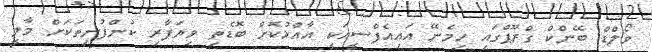
ވޯލްޑް ބޭންކް ގްރޫޕްގައި ހިމެނޭ އައިއެފްސީއަކީ އާއްމުކޮށް ބޮޑެތި ވިޔަފާރި ކުންފުނިތަކަށް މާލީ